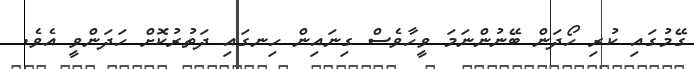
ގޭމުގައި ކުރި ހޯދަން ބޭނުންނަމަ ވީހާވެސް ގިނައިން ހިނގައި ދަތުރުކޮށް ހަދަންވީ އެވެ.